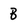
Character: B